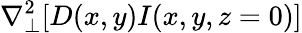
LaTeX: \nabla_{\perp}^{2}[D(x,y)I(x,y,z=0)]